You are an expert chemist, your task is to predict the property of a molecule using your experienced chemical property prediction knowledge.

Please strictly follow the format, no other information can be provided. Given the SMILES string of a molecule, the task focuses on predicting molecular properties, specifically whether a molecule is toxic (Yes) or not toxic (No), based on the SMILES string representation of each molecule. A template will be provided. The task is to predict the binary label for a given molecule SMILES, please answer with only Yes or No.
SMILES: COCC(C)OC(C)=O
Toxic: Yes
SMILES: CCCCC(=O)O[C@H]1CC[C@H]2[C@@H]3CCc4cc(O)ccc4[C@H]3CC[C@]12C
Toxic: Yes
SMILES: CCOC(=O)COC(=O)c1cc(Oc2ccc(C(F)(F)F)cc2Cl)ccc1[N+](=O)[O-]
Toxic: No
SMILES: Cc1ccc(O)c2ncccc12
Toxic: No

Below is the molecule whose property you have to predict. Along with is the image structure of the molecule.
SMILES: O=C(O)CC[N+](=O)[O-]
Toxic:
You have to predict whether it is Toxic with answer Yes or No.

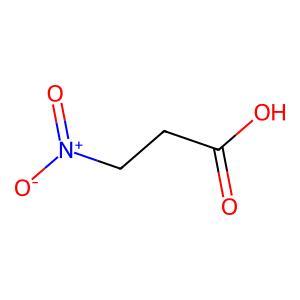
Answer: No